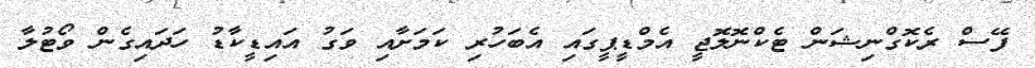
ފޭސް ރެކޮގްނިޝަން ޓެކްނޮލޮޖީ އެމްޑީޕީގައި އެބަހުރި ކަމަށާއި ވަގު އައިޑީކާޑު ހަދައިގެން ވޯޓުލާ